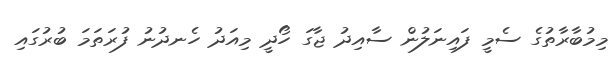
މިމުބާރާތުގެ ސެމީ ފައިނަލުން ސާއިދު ޖާގަ ހޯދީ މިއަދު ހެނދުނު ފުރަތަމަ ބުރުގައި